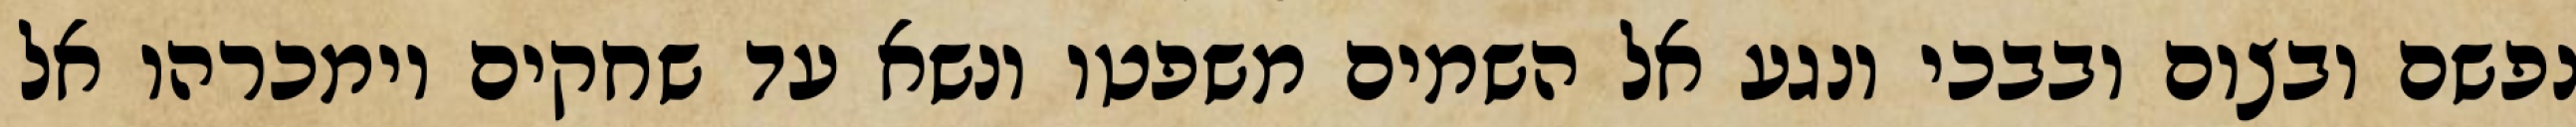
נפשם ובצום ובבכי ונגע אל השמים משפטו ונשא עד שחקים וימכרהו אל